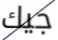
جيك